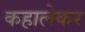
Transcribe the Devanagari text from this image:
कहालेकर